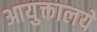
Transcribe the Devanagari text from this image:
आयुक्तालये